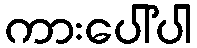
ကားပေါ်ပါ